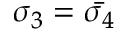
\sigma _ { 3 } = \bar { \sigma _ { 4 } }